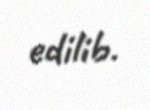
edilib.